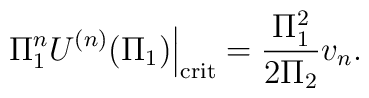
\left. \Pi^n_1 U^{(n)} (\Pi_1)\right|_{\mbox{\scriptsize crit}} =\frac{\Pi^2_1}{2\Pi_2} v_n.